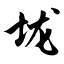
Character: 垅